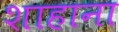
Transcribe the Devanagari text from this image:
शाहाना